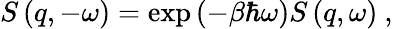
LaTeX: S\left(q,-\omega\right)=\exp\left(-\beta\hbar\omega\right)S\left(q,\omega\right)\ ,